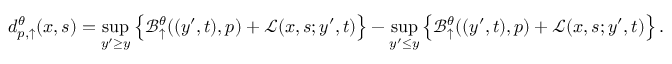
d _ { p , \uparrow } ^ { \theta } ( x , s ) = \operatorname* { s u p } _ { y ^ { \prime } \geq y } \left\{ \mathcal { B } _ { \uparrow } ^ { \theta } ( ( y ^ { \prime } , t ) , p ) + \mathcal { L } ( x , s ; y ^ { \prime } , t ) \right\} - \operatorname* { s u p } _ { y ^ { \prime } \leq y } \left\{ \mathcal { B } _ { \uparrow } ^ { \theta } ( ( y ^ { \prime } , t ) , p ) + \mathcal { L } ( x , s ; y ^ { \prime } , t ) \right\} .